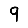
Digit: 9